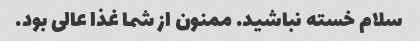
سلام خسته نباشید. ممنون از شما غذا عالی بود.